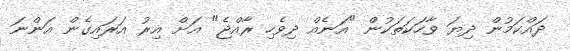
ދައްކަމުން ދިޔަ ވާހަކަތަކުން "އަނެއް ދިވެހި ރާއްޖެ" އަށް އިރު އަރައިގެން އަންނަ